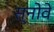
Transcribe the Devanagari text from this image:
स्नोवे